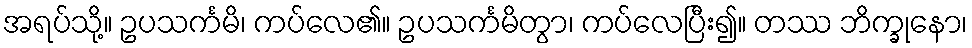
အရပ်သို့။ ဥပသင်္ကမိ၊ ကပ်လေ၏။ ဥပသင်္ကမိတွာ၊ ကပ်လေပြီး၍။ တဿ ဘိက္ခုနော၊